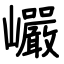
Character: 巗